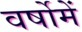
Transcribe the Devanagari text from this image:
वर्षोमें